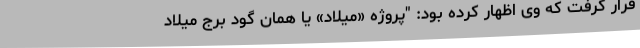
قرار گرفت که وی اظهار کرده بود: "پروژه «میلاد» یا همان گود برج میلاد